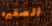
الصغيره